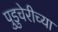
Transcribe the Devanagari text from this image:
पुडुचेरीच्या